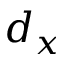
d _ { x }